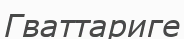
Гваттариге